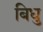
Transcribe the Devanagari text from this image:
बिधु